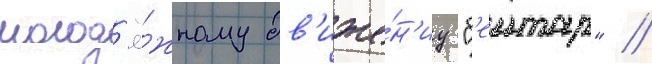
молод'ё́жному дв'иже́н'иу "б'еитар" //